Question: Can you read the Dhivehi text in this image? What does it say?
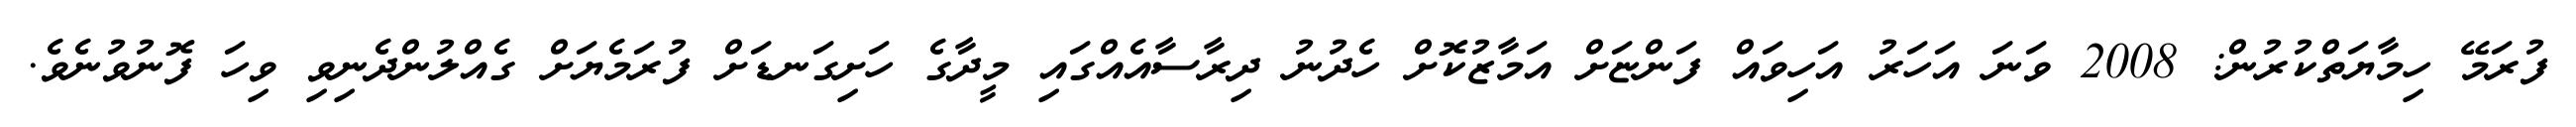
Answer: ފުރަމޭ ހިމާޔަތްކުރުން: 2008 ވަނަ އަހަރު އަހިވައް ފަންޏަށް އަމާޒުކޮށް ހެދުނު ދިރާސާއެއްގައި މީދާގެ ހަށިގަނޑަށް ފުރަމެޔަށް ގެއްލުންދެނިވި ވިހަ ފޮނުވުނެވެ.